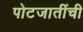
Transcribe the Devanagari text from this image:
पोटजातींची